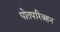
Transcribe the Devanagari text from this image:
पोतपरिवहन